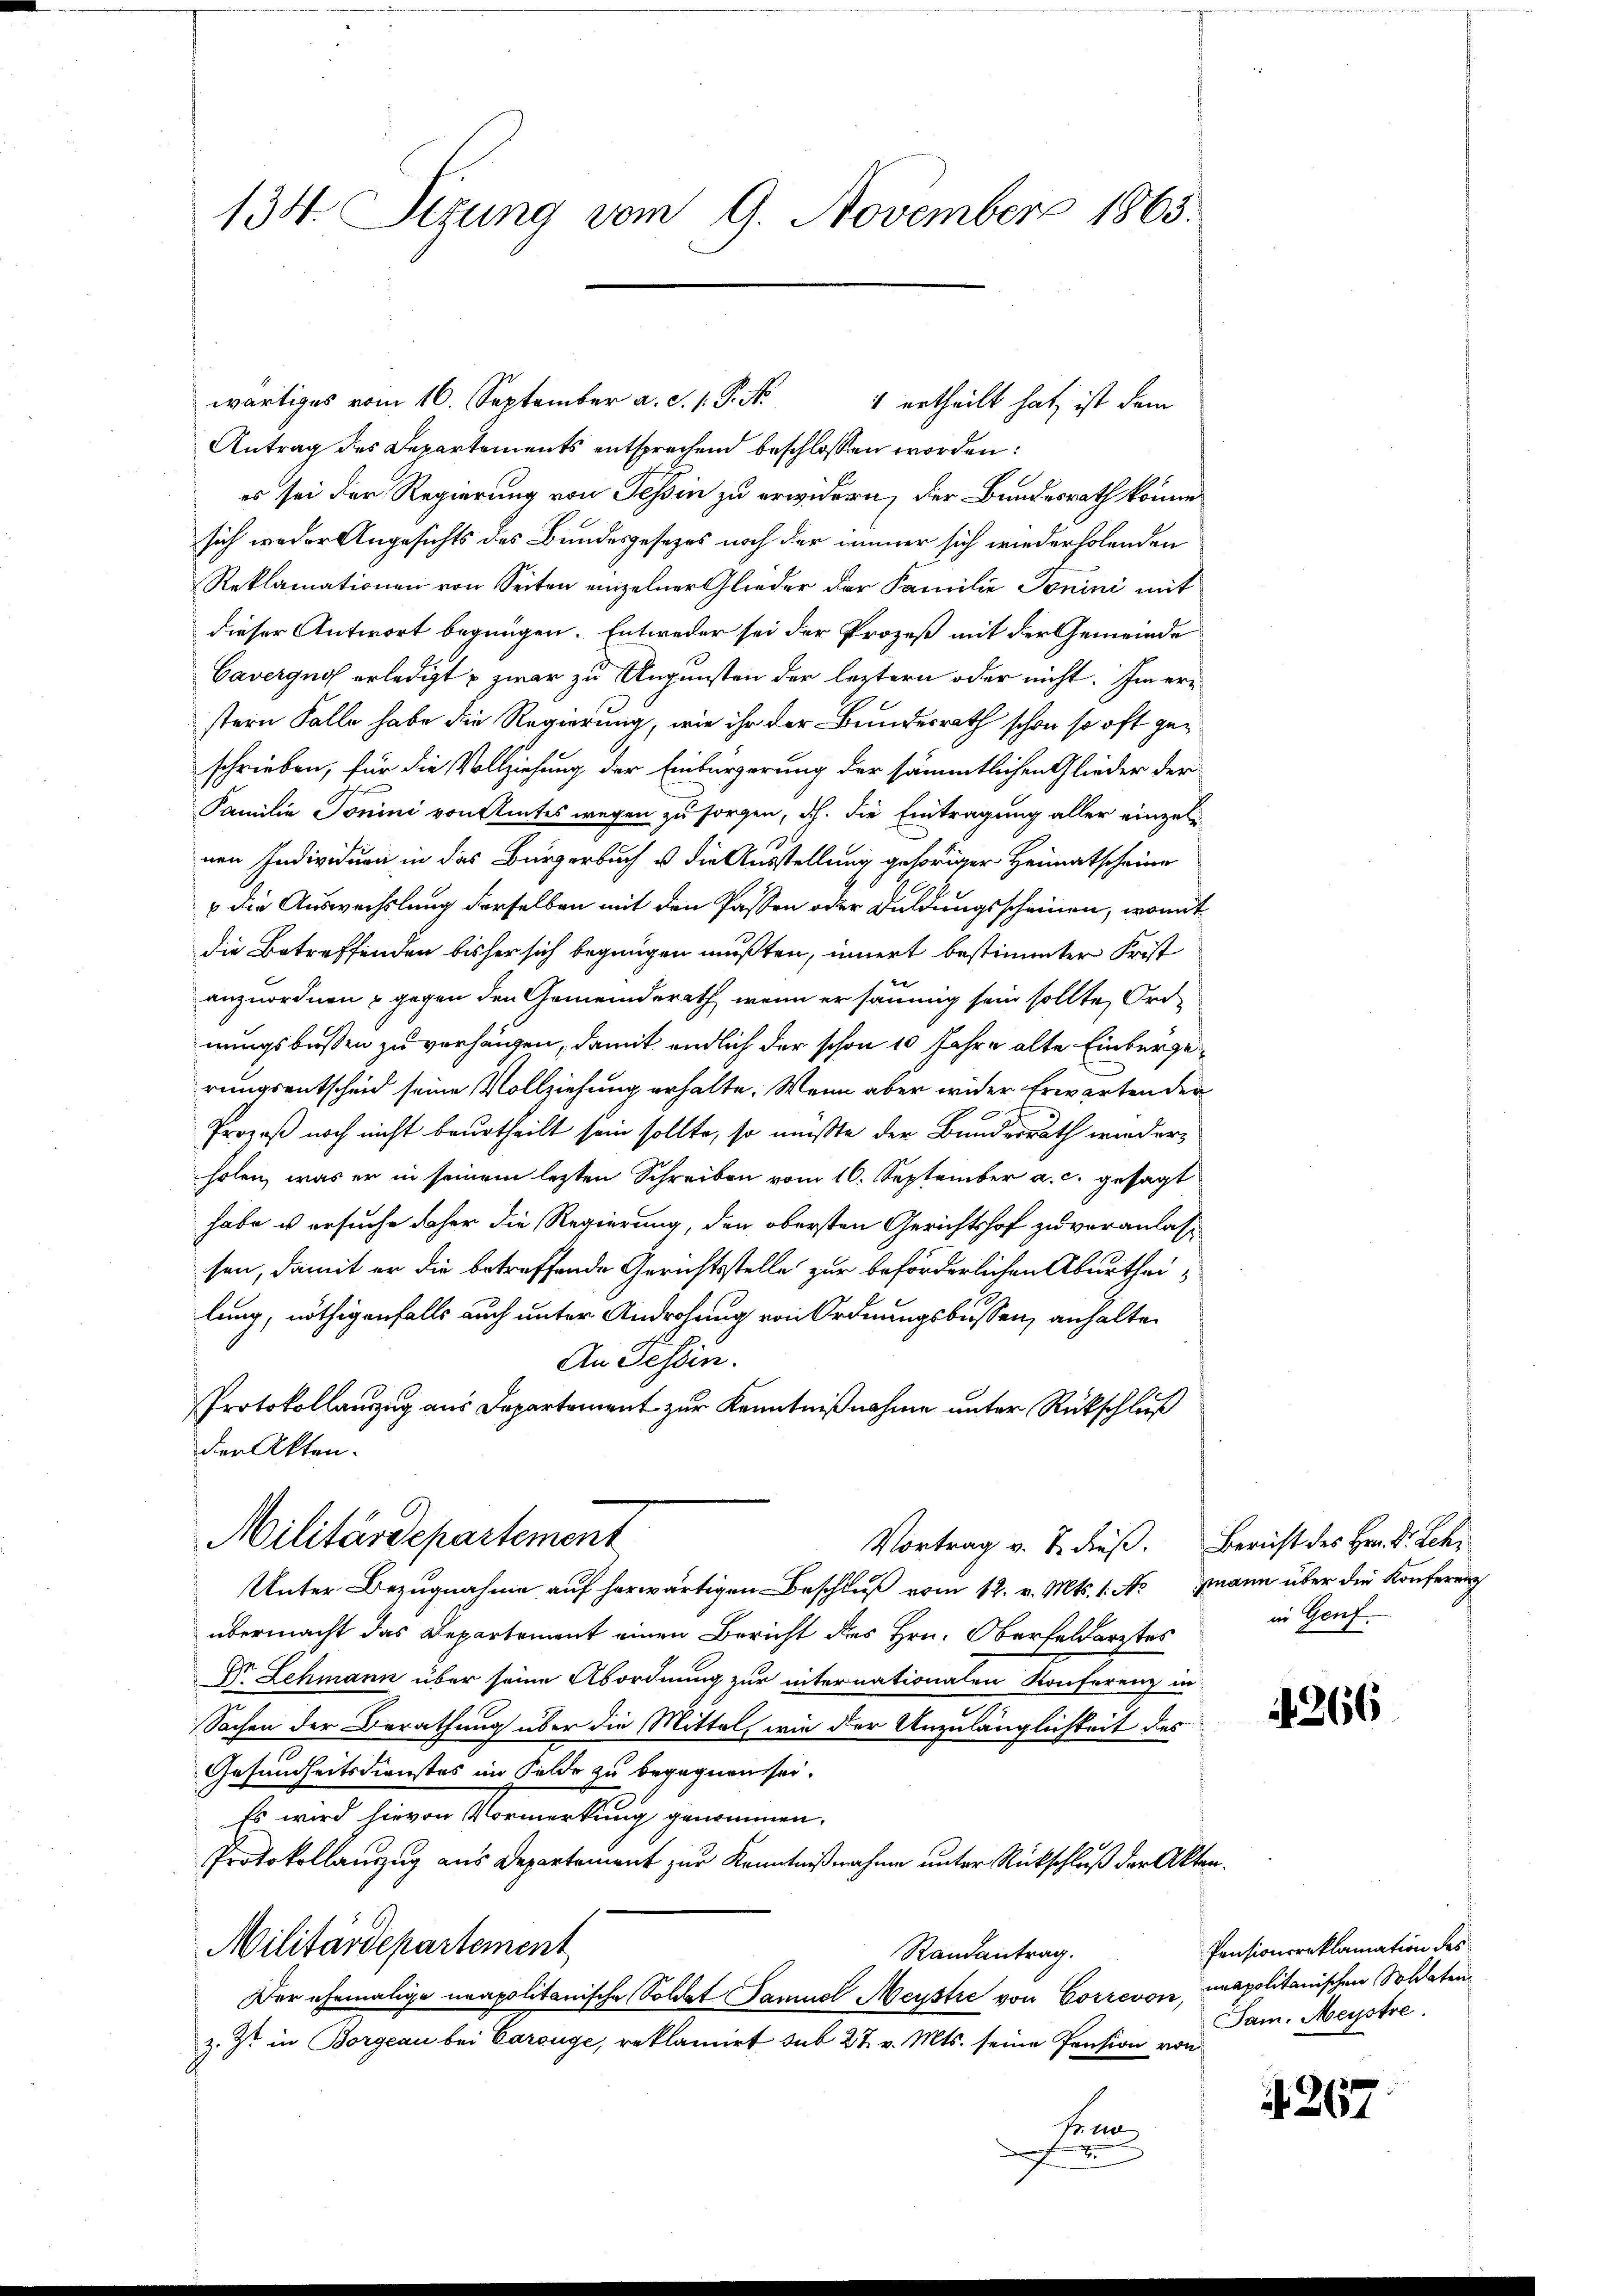
134. Sizung vom 9. November 1863.

Antrag des Departements entsprechend beschlossen worden:
es sei der Regierung von Tessin zu erwidern, der Bundesrath könne
sich weder Angesichts des Bundesgesetzes noch der immer sich wiederholenden
Reklamationen von Seiten einzelner Glieder der Familie Tonini mit
dieser Antwort begnügen. Entweder sei der Prozeß mit der Gemeinde
Caverguos erledigt u zwar zu Augunsten der leztern oder nicht. Im erstern Falle habe die Regierung, wie ihr der Bundesrath schon so oft geschrieben, für die Vollziehung der Einbürgerung der sämmtlichen Glieder der
Familie Tonini von Amtes wegen zu sorgen, d.h. die Eintragung aller einzunen Individuen in das Bürgerbuch u. die Ausstellung gehöriger Heimatscheine
u die Auswechslung derselben mit den Passen oder Duldungsscheinen, womit
die Betreffenden bisher sich begnügen mußten, innert bestimmter Frist
anzuordnen & gegen den Gemeinderath, wenn er saumig sein sollte, Ord-
nungsbußen zu verhängen, damit endlich der schon 10 Jahre alte Einbergerungsentscheid seine Vollziehung erhalte. Wenn aber wider Erwarten der
Prozeß noch nicht beurtheilt sein sollte, so müßte der Bundesrath wiederholen, was er in seinem lezten Schreiben vom 16. September a. c. gesagt
habe u ersuche daher die Regierung, den obersten Gerichtshof zu veranlass
sen, damit er die betreffende Gerichtsstelle zur beförderlichen Aburtheilung, nöthigenfalls auch unter Androhung von Ordnungsbussen, anhalten
An Fessen.
Protokollauszug aus Departement zur Kenntnißnahme unter Rückschluß
der Akten.
Militärdepartement
Vortrag v. J. dieß. Bericht des Hrn. Dr. Leh¬
Unter Bezugnahme auf herwärtigen Beschluß vom 12. v. Mts. 1. Negmann über die Konferung
übermacht das Departement einen Bericht des Hrn. Oberfeldarztes
V. Lehmann über seine Abordnung zur internationalen Konferenz in
Sachen der Berathung über die Mittel, wie der Anzulänglichkeit des
Gesundheitsdienstes im Felde zu begegnen sei.
Es wird hievon Vormerkung genommen.
Protokollauszug aus Departement zur Kenntnißnahmen unter Rückschluß der Akten¬
Militärdepartement
Randantrag.
Der ehemalige neapolitanische Sollet Samuel Meustre von Correvon, neapolitanischen Soldaten
z. Zt. in Borgeau bei Carouge, reklamirt sub 27. v. Mts. seine Pension von
seen
d
x

wärtiges vom 16. September a. d. 1. P. N
4 ertheilt hat, ist dem

in Genf.

4266

Pensionsreklamation des
Jam. Meystre.

Z 267